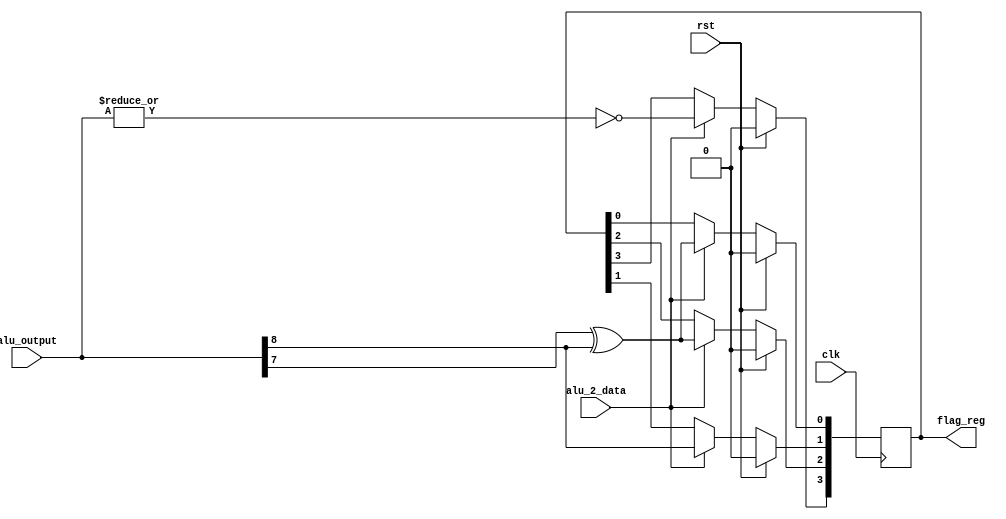
`timescale 1ns / 1ps
//////////////////////////////////////////////////////////////////////////////////
// Company: 
// Engineer: 
// 
// Design Name: 
// Module Name:    FR_reg 
// Project Name: 
// Target Devices: 
// Tool versions: 
// Description: 
//
// Dependencies: 
//
// Revision: 
// Revision 0.01 - File Created
// Additional Comments: 
//
//////////////////////////////////////////////////////////////////////////////////
module FR_reg(clk,rst,alu_output,flag_reg,alu_2_data);

input clk,rst;
input alu_2_data;
input [8:0] alu_output;
output [3:0] flag_reg;
reg [3:0] flag_reg;

always @(posedge clk)
begin
	if(rst)
	begin
		flag_reg <= 4'b0;
	end
	else if (alu_2_data)
		begin
			flag_reg[3] <= ~|alu_output;   							//Zero flag
			flag_reg[2] <= (alu_output[7]^alu_output[8]);		//Signed flag
			flag_reg[1] <= alu_output[8];								//Carry flag
			flag_reg[0] <= alu_output[7]^alu_output[8];			//Overflow flag
		end	
end

endmodule